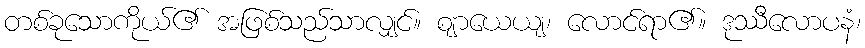
တစ်ခုသောကိုယ်၏ အဖြစ်သည်သာလျှင်။ ဈာယေယျ၊ လောင်ရာ၏။ ဒုဿီလောပနံ၊